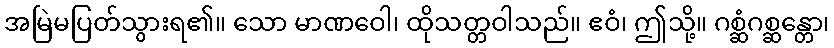
အမြဲမပြတ်သွားရ၏။ သော မာဏဝေါ၊ ထိုသတ္တဝါသည်။ ဧဝံ၊ ဤသို့။ ဂစ္ဆံဂစ္ဆန္တော၊